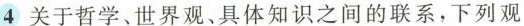
④关于哲学、世界观、具体知识之间的联系，下列观